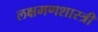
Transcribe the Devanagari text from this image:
लक्षमणशास्त्री